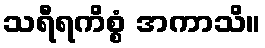
သရီရကိစ္စံ အကာသိ။